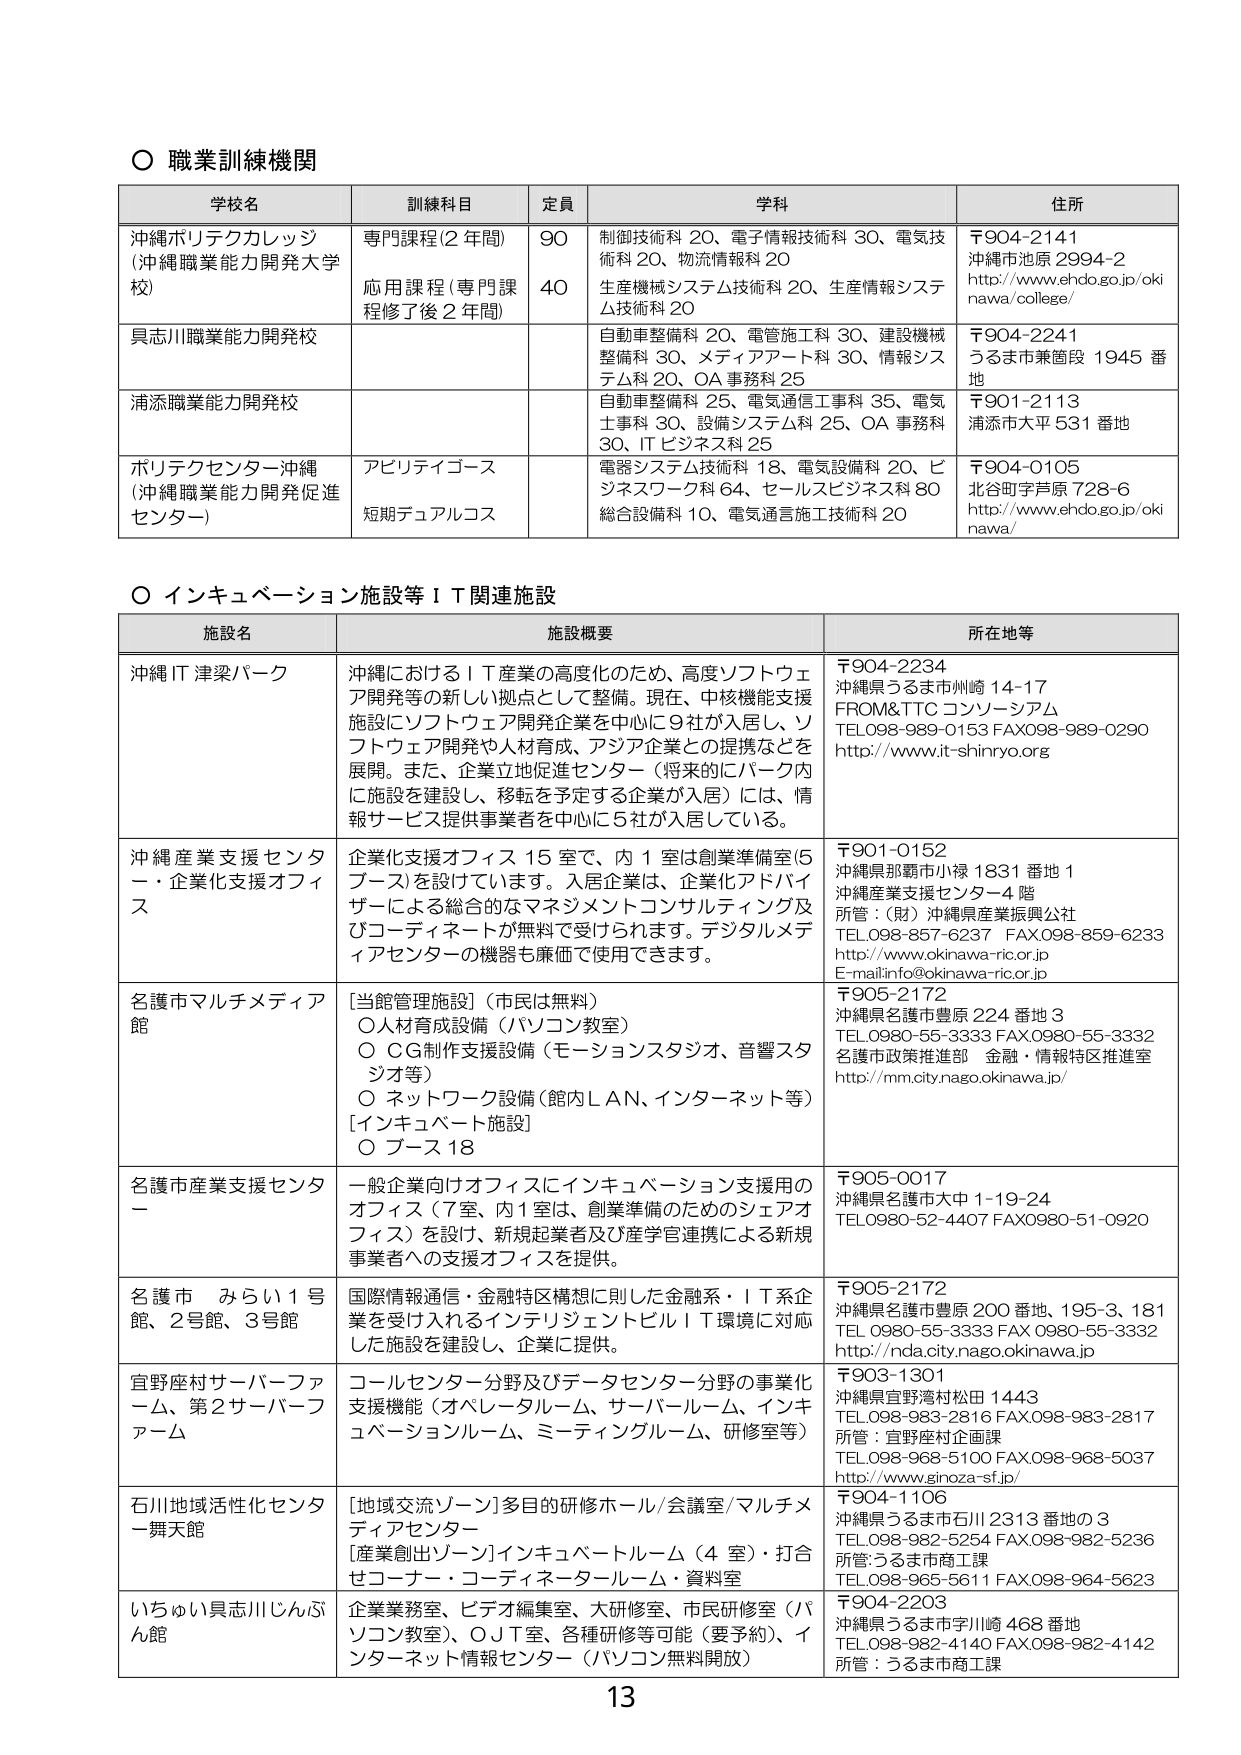
○ 職業訓練機関

学校名　　　　　　　　訓練科目　　　　　　定員　　　　　　学科　　　　　　　　　　　　　　　　　　　　住所
沖縄ポリテクカレッジ　専門課程(2年間)　　　90　　　　　制御技術科 20、電子情報技術科 30、電気技　　　〒904-2141
(沖縄職業能力開発大学)　　　　　　　　　　　　　　　　術科 20、物流情報科 20　　　　　　　　　　　　沖縄市池原 2994-2
　　　　　　　　　　　応用課程(専門課程　　　40　　　　　生産機械システム技術科 20、生産情報システ　　　http://www.ehdo.go.jp/oki
　　　　　　　　　　　修了後2年間)　　　　　　　　　　　ム技術科 20　　　　　　　　　　　　　　　　　nawa/college/
具志川職業能力開発校　　　　　　　　　　　　　　　　自動車整備科 20、電管施工科 30、建設機械　　　〒904-2241
　　　　　　　　　　　　　　　　　　　　　　　　　　整備科 30、メディアアート科 30、情報システ　　　うるま市兼葭段 1945 番
　　　　　　　　　　　　　　　　　　　　　　　　　　ム科 20、OA 事務科 25　　　　　　　　　　　　　地
浦添職業能力開発校　　　　　　　　　　　　　　　　自動車整備科 25、電気通信工事科 35、電気　　　〒901-2113
　　　　　　　　　　　　　　　　　　　　　　　　　　士事科 30、設備システム科 25、OA 事務科　　　浦添市大平 531 番地
　　　　　　　　　　　　　　　　　　　　　　　　　　30、IT ビジネス科 25
ポリテクセンター沖縄　アビリティコース　　　　　　　電器システム技術科 18、電気設備科 20、ビ　　　〒904-0105
(沖縄職業能力開発促進)　　　　　　　　　　　　　　　ジネスワーク 64、セールスビジネス科 80　　　北谷町字芦原 728-6
センター)　　　　　　短期デュアルコース　　　　　　　　総合設備科 10、電気通信施工技術科 20　　　　http://www.ehdo.go.jp/oki
　　　　　　　　　　　　　　　　　　　　　　　　　　　　　　　　　　　　　　　　　　　　　　　　　　nawa/

○ インキュベーション施設等ＩＴ関連施設

施設名　　　　　　　　　　　　　　　　施設概要　　　　　　　　　　　　　　　　　　　　　　　所在地等
沖縄IT 津梁パーク　　　　　　　　　　沖縄におけるＩＴ産業の高度化のため、高度ソフトウェ　　　〒904-2234
　　　　　　　　　　　　　　　　　　ア開発等の新しい拠点として整備。現在、中核機能支援　　　沖縄県うるま市川崎 14-17
　　　　　　　　　　　　　　　　　　施設にソフトウェア開発企業を中心に9社が入居し、ソ　　　FROM&TTC コンソーシアム
　　　　　　　　　　　　　　　　　　フトウェア開発や人材育成、アジア企業との提携などを　　　TEL098-989-0153 FAX098-989-0290
　　　　　　　　　　　　　　　　　　展開。また、企業立地促進センター（将来的にパーク内　　　http://www.it-shinryo.org
　　　　　　　　　　　　　　　　　　に施設を建設し、移転を予定する企業が入居）には、情
　　　　　　　　　　　　　　　　　　報サービス提供事業者を中心に5社が入居している。
沖縄産業支援センター・企業化支援オフィ　企業化支援オフィス 15室で、内1室は創業準備室(5　　　〒901-0152
ス　　　　　　　　　　　　　　　　　　ブース)を設けています。入居企業は、企業化アドバイ　　　沖縄県那覇市小禄 1831 番地 1
　　　　　　　　　　　　　　　　　　ザーによる総合的なマネジメントコンサルティング及　　　沖縄産業支援センター4階
　　　　　　　　　　　　　　　　　　びコーディネートが無料で受けられます。デジタルメデ　　　所管：(財)沖縄県産業振興公社
　　　　　　　　　　　　　　　　　　ィアセンターの機器も廉価で使用できます。　　　　　　TEL098-857-6237 FAX098-859-6233
　　　　　　　　　　　　　　　　　　　　　　　　　　　　　　　　　　　　　　　　　　　　http://www.okinawa-ric.or.jp
　　　　　　　　　　　　　　　　　　　　　　　　　　　　　　　　　　　　　　　　　　　　E-mail:info@okinawa-ric.or.jp
名護市マルチメディア館　　　　　　　　[当館管理施設]（市民は無料）　　　　　　　　　　　〒905-2172
　　　　　　　　　　　　　　　　　　○人材育成設備（パソコン教室）　　　　　　　　　　沖縄県名護市豊原 224 番地 3
　　　　　　　　　　　　　　　　　　○CG制作支援設備（モーションスタジオ、音響スタ　　　TEL0980-55-3333 FAX0980-55-3332
　　　　　　　　　　　　　　　　　　ジオ等）　　　　　　　　　　　　　　　　　　　　名護市政策推進部 金融・情報特区推進室
　　　　　　　　　　　　　　　　　　○ネットワーク設備（館内LAN、インターネット等）　　　http://mm.city.nago.okinawa.jp/
　　　　　　　　　　　　　　　　　　[インキュベート施設]　　　　　　　　　　　　　　　
　　　　　　　　　　　　　　　　　　○ブース 18
名護市産業支援センター　　　　　　　　一般企業向けオフィスにインキュベーション支援用の　　　〒905-0017
　　　　　　　　　　　　　　　　　　オフィス（7室、内1室は、創業準備のためのシェアオ　　　沖縄県名護市大中 1-19-24
　　　　　　　　　　　　　　　　　　フィス）を設け、新規起業者及び産学官連携による新規　　　TEL0980-52-4407 FAX0980-51-0920
　　　　　　　　　　　　　　　　　　事業者への支援オフィスを提供。
名護市 みらい1号館、2号館、3号館　　　国際情報通信・金融特区構想に則した金融系・IT系企　　　〒905-2172
　　　　　　　　　　　　　　　　　　業を受け入れるインテリジェントビルIT環境に対応　　　沖縄県名護市豊原 200 番地、195-3、181
　　　　　　　　　　　　　　　　　　した施設を建設し、企業に提供。　　　　　　　　　　TEL 0980-55-3333 FAX 0980-55-3332
　　　　　　　　　　　　　　　　　　　　　　　　　　　　　　　　　　　　　　　　　　　　http://nda.city.nago.okinawa.jp
宜野座村サーバーファーム、第2サーバーフ　コールセンター分野及びデータセンター分野の事業化　　　〒903-1301
ァーム　　　　　　　　　　　　　　　支援機能（オペレータルーム、サーバールーム、インキ　　　沖縄県宜野湾村松田 1443
　　　　　　　　　　　　　　　　　　ュベーションルーム、ミーティングルーム、研修室等）　　　TEL098-983-2816 FAX098-983-2817
　　　　　　　　　　　　　　　　　　　　　　　　　　　　　　　　　　　　　　　　　　　　所管：宜野座村企画課
　　　　　　　　　　　　　　　　　　　　　　　　　　　　　　　　　　　　　　　　　　　　TEL098-968-5100 FAX098-968-5037
　　　　　　　　　　　　　　　　　　　　　　　　　　　　　　　　　　　　　　　　　　　　http://www.ginouza-sf.jp/
石川地域活性化センター舞天館　　　　　[地域交流ゾーン]多目的研修ホール/会議室/マルチメ　　　〒904-1106
　　　　　　　　　　　　　　　　　　ディアセンター　　　　　　　　　　　　　　　　　　沖縄県うるま市石川 2313 番地の3
　　　　　　　　　　　　　　　　　　[産業創出ゾーン]インキュベートルーム（4室）・打合　　　TEL098-982-5254 FAX098-982-5236
　　　　　　　　　　　　　　　　　　せコーナー・コーディネータールーム・資料室　　　　所管:うるま市商工課
　　　　　　　　　　　　　　　　　　　　　　　　　　　　　　　　　　　　　　　　　　　　TEL098-965-5611 FAX098-964-5623
いちゅい具志川じんぶん館　　　　　　　企業業務室、ビデオ編集室、大研修室、市民研修室（パ　　　〒904-2203
　　　　　　　　　　　　　　　　　　ソコン教室）、ＯＪＴ室、各種研修等可能（要予約）、イ　　　沖縄県うるま市字川崎 468 番地
　　　　　　　　　　　　　　　　　　ンターネット情報センター（パソコン無料開放）　　　　TEL098-982-4140 FAX098-982-4142
　　　　　　　　　　　　　　　　　　　　　　　　　　　　　　　　　　　　　　　　　　　　所管：うるま市商工課

13